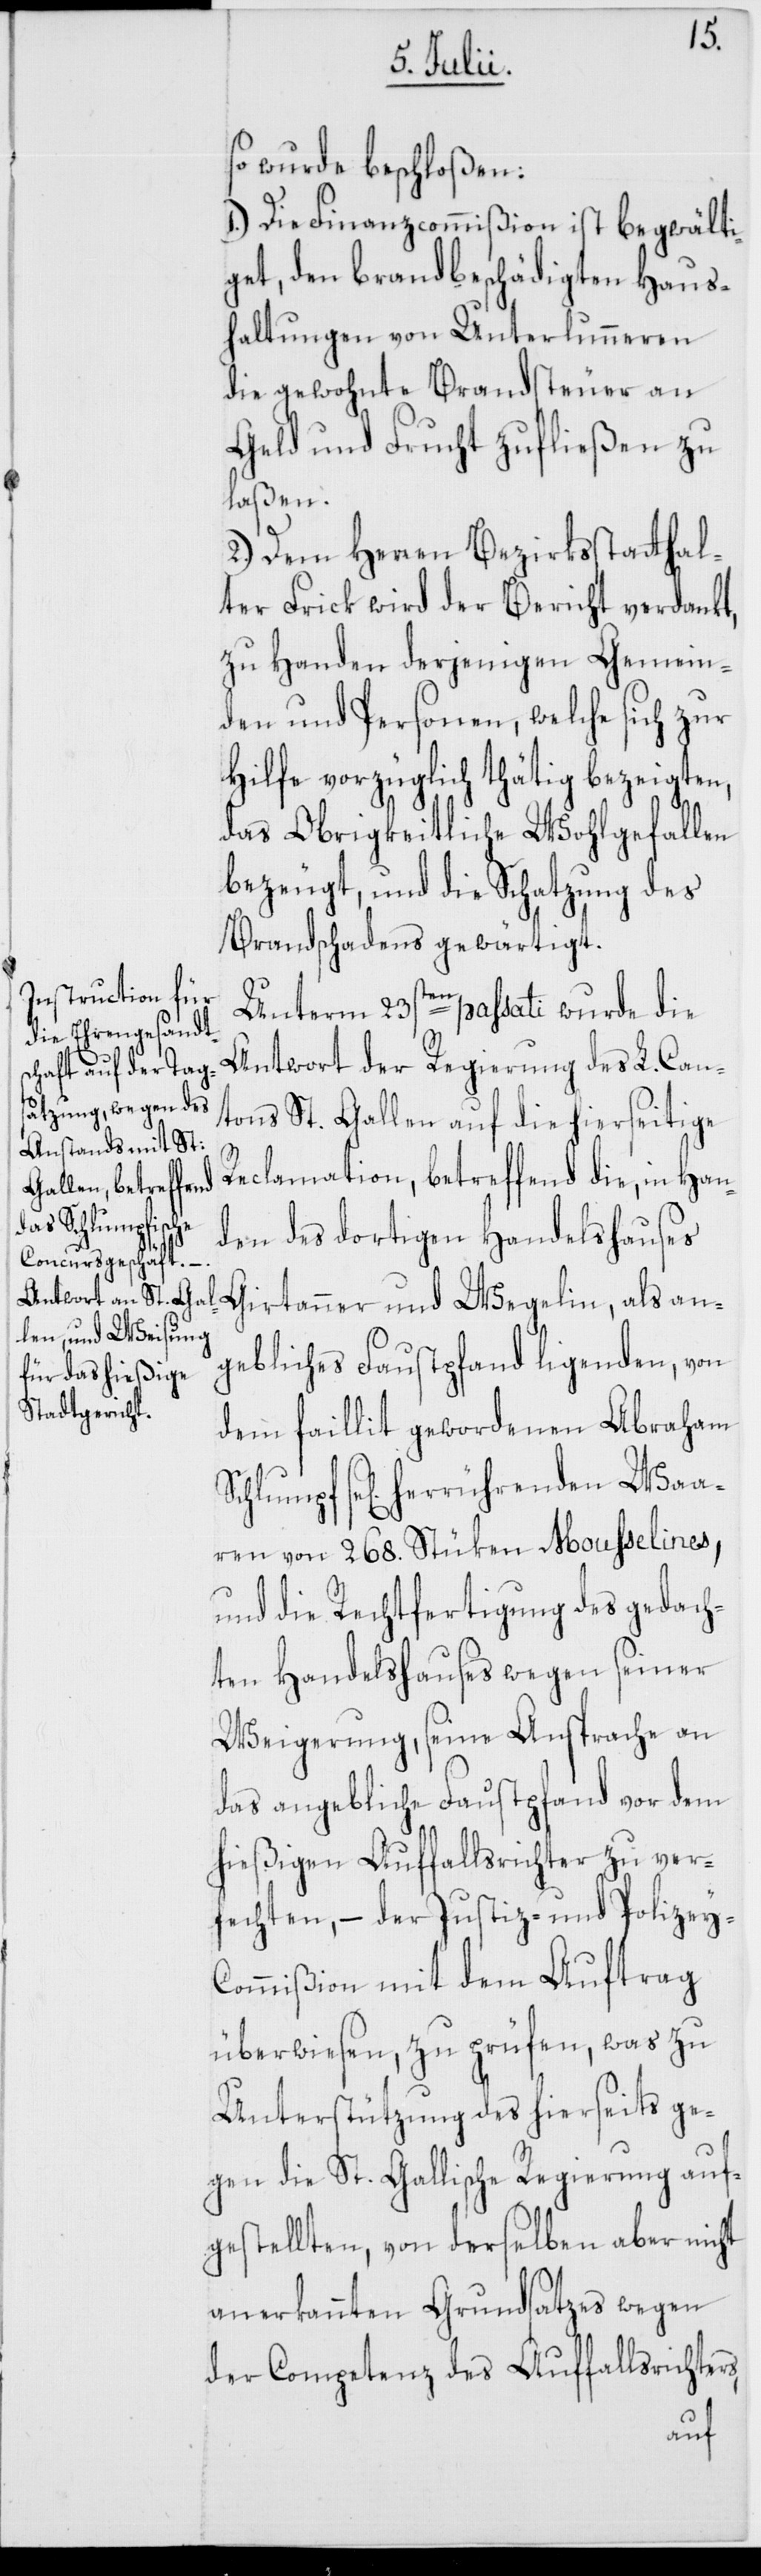
so wurde beschloßen:
1.) Die Finanzcommißion ist begwälti¬
get, den brandbeschädigten Haus¬
haltungen von Unterlunneren
die gewohnte Brandsteuer an
Geld und Frucht zufließen zu
laßen.
2.) Dem Herren Bezirksstatthal¬
ter Frick wird der Bericht verdankt,
zu Handen derjenigen Gemein¬
den und Personen, welche sich zur
Hilfe vorzüglich thätig bezeigten,
das Obrigkeitliche Wohlgefallen
bezeugt, und die Schatzung des
Brandschadens gewärtigt.
Unterm 23sten passati wurde die
Antwort der Regierung des L. Can¬
tons St. Gallen auf die hierseitige
Reclamation, betreffend die, in Han¬
den des dortigen Handelshauses
Girtanner und Wegelin, als an¬
gebliches Faustpfand ligenden, von
dem faillit gewordenen Abraham
se[lig] herrührenden Waa¬
ren von 268. Stüken Mousselines,
und die Rechtfertigung des gedach¬
ten Handelshauses wegen seiner
Weigerung, seine Ansprache an
das angebliche Faustpfand vor dem
hießigen Auffallsrichter zu ver¬
fechten, – der Justiz- und Polizey-C¬
ommißion mit dem Auftrag
überwiesen, zu prüfen, was zu
Unterstützung des hierseits ge¬
gen die St. Gallische Regierung auf¬
gestellten, von derselben aber nicht
anerkannten Grundsatzes wegen
der Competenz des Auffallsrichters,